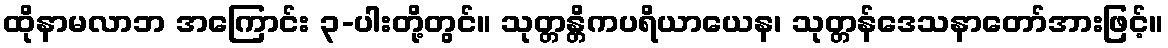
ထိုနာမလာဘ အကြောင်း ၃-ပါးတို့တွင်။ သုတ္တန္တိကပရိယာယေန၊ သုတ္တန်ဒေသနာတော်အားဖြင့်။